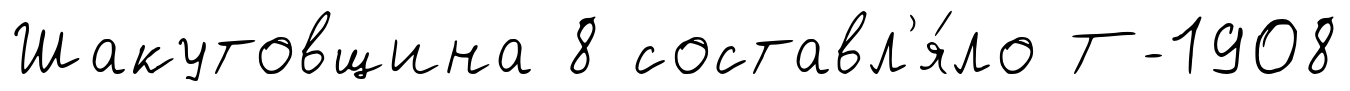
Шакутовщина 8 составл'я́ло Т-1908